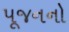
પૂજનનો